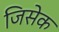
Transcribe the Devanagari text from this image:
जिसेक